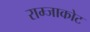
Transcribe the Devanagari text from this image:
राम्जाकोट